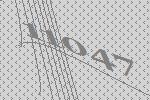
11047